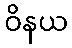
ဝိနယ